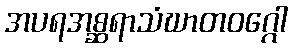
အပရအစ္ဆရာသံဃာတဝဂ္ဂေါ